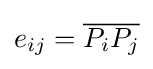
e_{ij}={\overline {P_{i}P_{j}}}